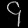
Digit: ၄